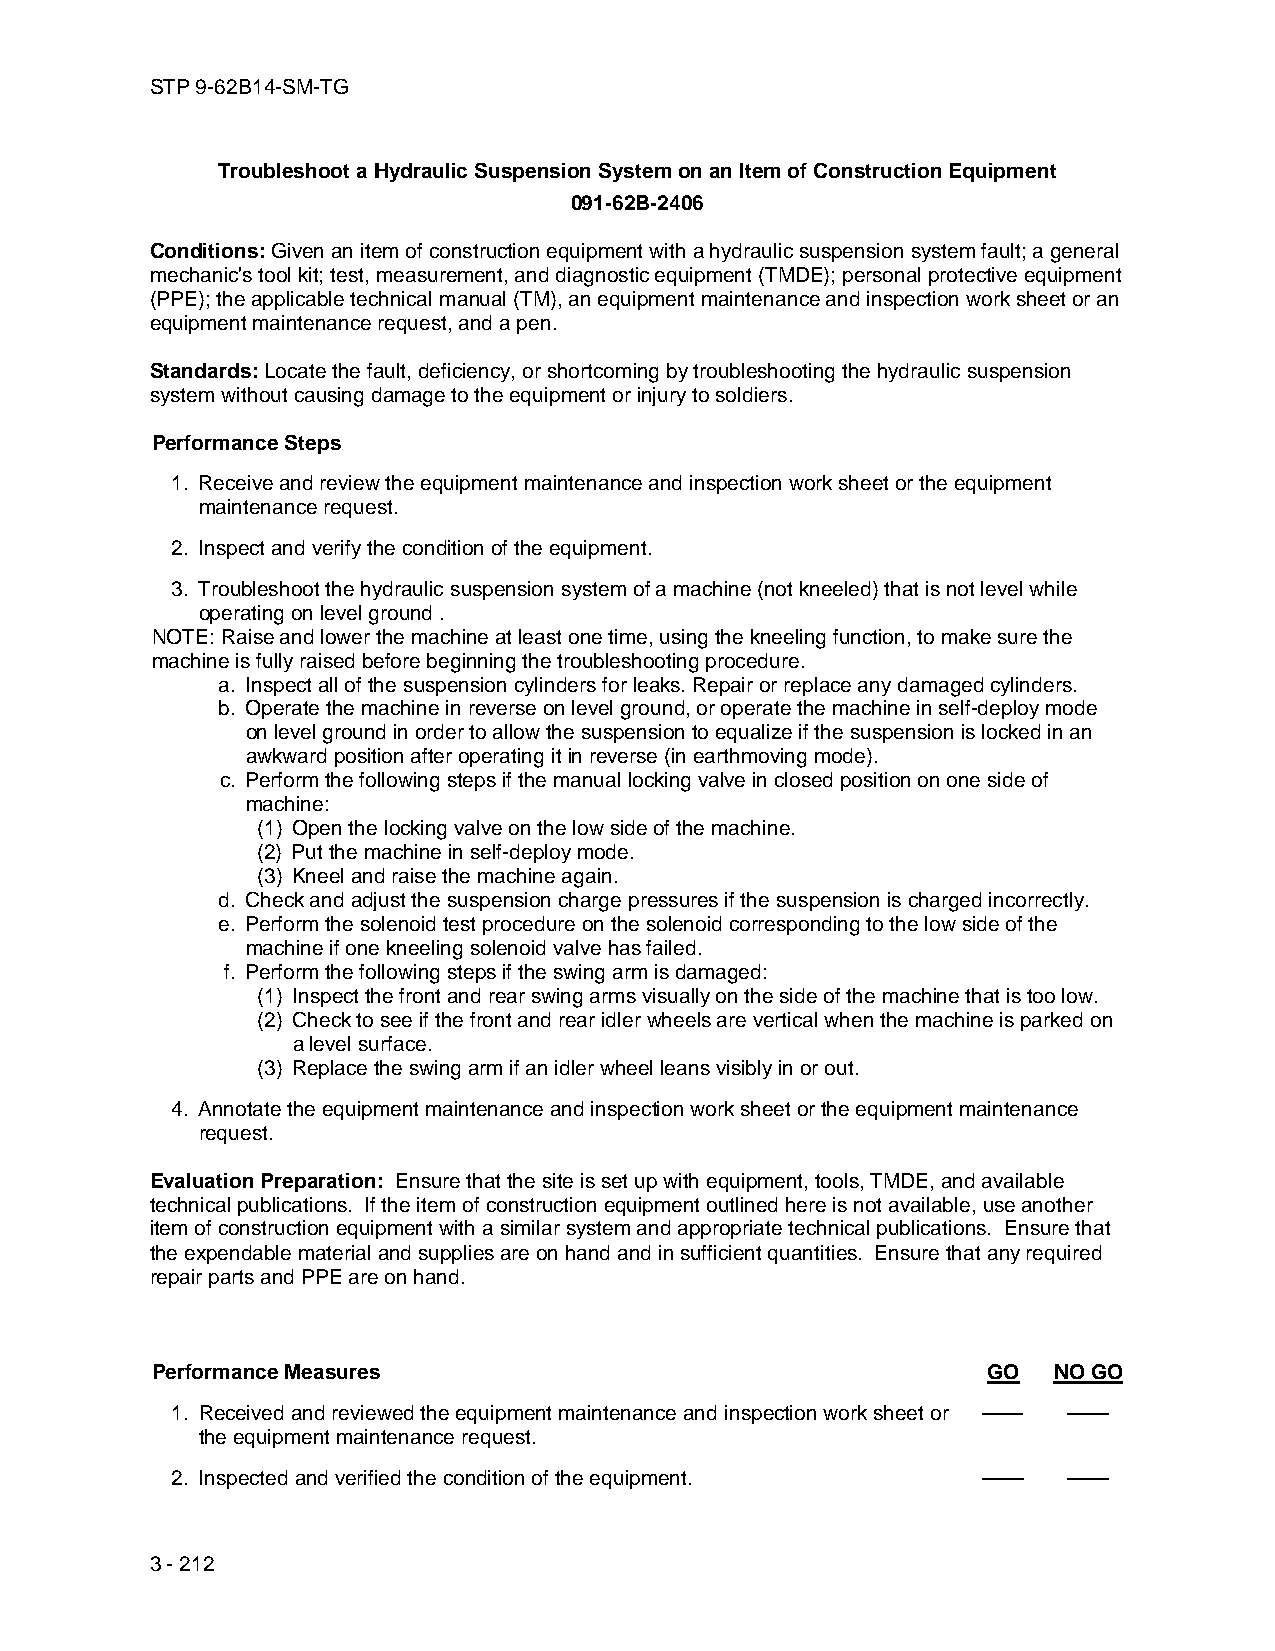
STP 9-62B14-SM-TG
 Troubleshoot a Hydraulic Suspension System on an Item of Construction Equipment
 091-62B-2406
 Conditions: Given an item of construction equipment with a hydraulic suspension system fault; a general
 mechanic's tool kit; test, measurement, and diagnostic equipment (TMDE); personal protective equipment
 (PPE); the applicable technical manual (TM), an equipment maintenance and inspection work sheet or an
 equipment maintenance request, and a pen.
 Standards: Locate the fault, deficiency, or shortcoming by troubleshooting the hydraulic suspension
 system without causing damage to the equipment or injury to soldiers.
 Performance Steps
 1. Receive and review the equipment maintenance and inspection work sheet or the equipment
 maintenance request.
 2. Inspect and verify the condition of the equipment.
 3. Troubleshoot the hydraulic suspension system of a machine (not kneeled) that is not level while
 operating on level ground .
 NOTE: Raise and lower the machine at least one time, using the kneeling function, to make sure the
 machine is fully raised before beginning the troubleshooting procedure.
 a. Inspect all of the suspension cylinders for leaks. Repair or replace any damaged cylinders.
 b. Operate the machine in reverse on level ground, or operate the machine in self-deploy mode
 on level ground in order to allow the suspension to equalize if the suspension is locked in an
 awkward position after operating it in reverse (in earthmoving mode).
 c. Perform the following steps if the manual locking valve in closed position on one side of
 machine:
 (1) Open the locking valve on the low side of the machine.
 (2) Put the machine in self-deploy mode.
 (3) Kneel and raise the machine again.
 d. Check and adjust the suspension charge pressures if the suspension is charged incorrectly.
 e. Perform the solenoid test procedure on the solenoid corresponding to the low side of the
 machine if one kneeling solenoid valve has failed.
 f. Perform the following steps if the swing arm is damaged:
 (1) Inspect the front and rear swing arms visually on the side of the machine that is too low.
 (2) Check to see if the front and rear idler wheels are vertical when the machine is parked on
 a level surface.
 (3) Replace the swing arm if an idler wheel leans visibly in or out.
 4. Annotate the equipment maintenance and inspection work sheet or the equipment maintenance
 request.
 Evaluation Preparation: Ensure that the site is set up with equipment, tools, TMDE, and available
 technical publications. If the item of construction equipment outlined here is not available, use another
 item of construction equipment with a similar system and appropriate technical publications. Ensure that
 the expendable material and supplies are on hand and in sufficient quantities. Ensure that any required
 repair parts and PPE are on hand.
 Performance Measures                                   GO   NO GO
 1. Received and reviewed the equipment maintenance and inspection work sheet or —— ——
 the equipment maintenance request.
 2. Inspected and verified the condition of the equipment. —— ——
 3 - 212